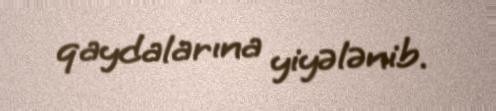
qaydalarına yiyələnib.